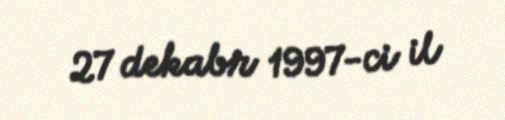
27 dekabr 1997-ci il